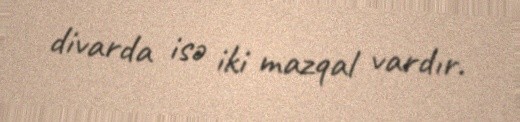
divarda isə iki mazqal vardır.